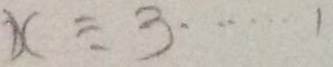
x \div 3 \dot s \dot s 1